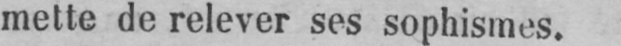
mette de relever ses sophismes.